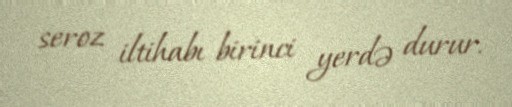
seroz iltihabı birinci yerdə durur.